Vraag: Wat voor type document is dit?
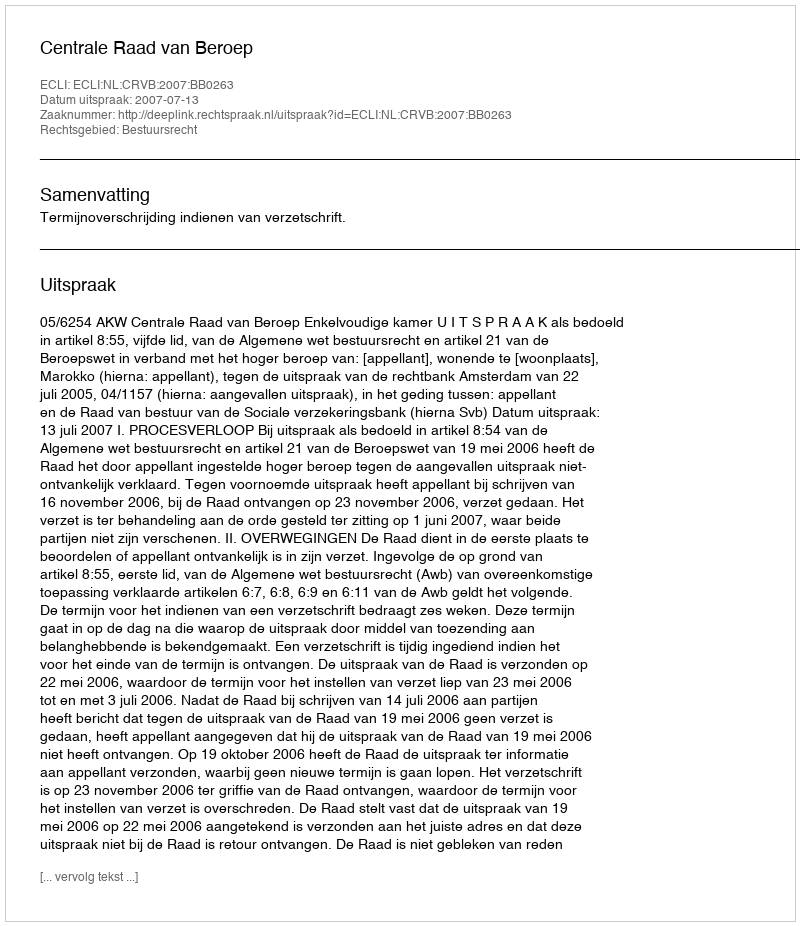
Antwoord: Uitspraak